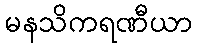
မနသိကရဏီယာ